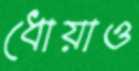
ধোয়াও